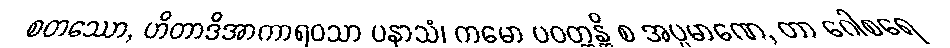
စတဿော, ဟိတာဒိအာကာရဝသာ ပနာသံ၊ ကမော ပဝတ္တန္တိ စ အပ္ပမာဏေ, တာ ဂေါစရေ